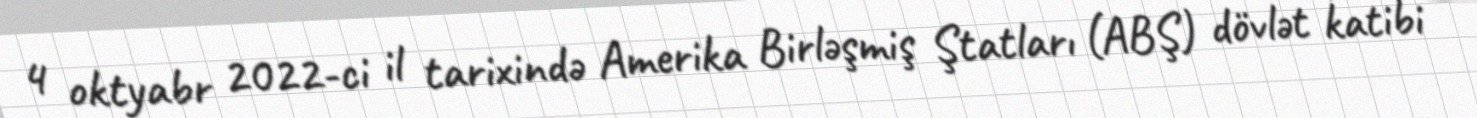
4 oktyabr 2022-ci il tarixində Amerika Birləşmiş Ştatları (ABŞ) dövlət katibi